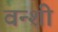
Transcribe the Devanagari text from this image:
वन्शी